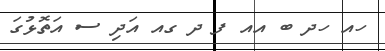
ހއ ހދ ބ އއ ފ ދ ގއ އަދި ސ އަތޮޅުގަ